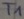
Text: T1